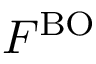
F ^ { \mathrm { B O } }